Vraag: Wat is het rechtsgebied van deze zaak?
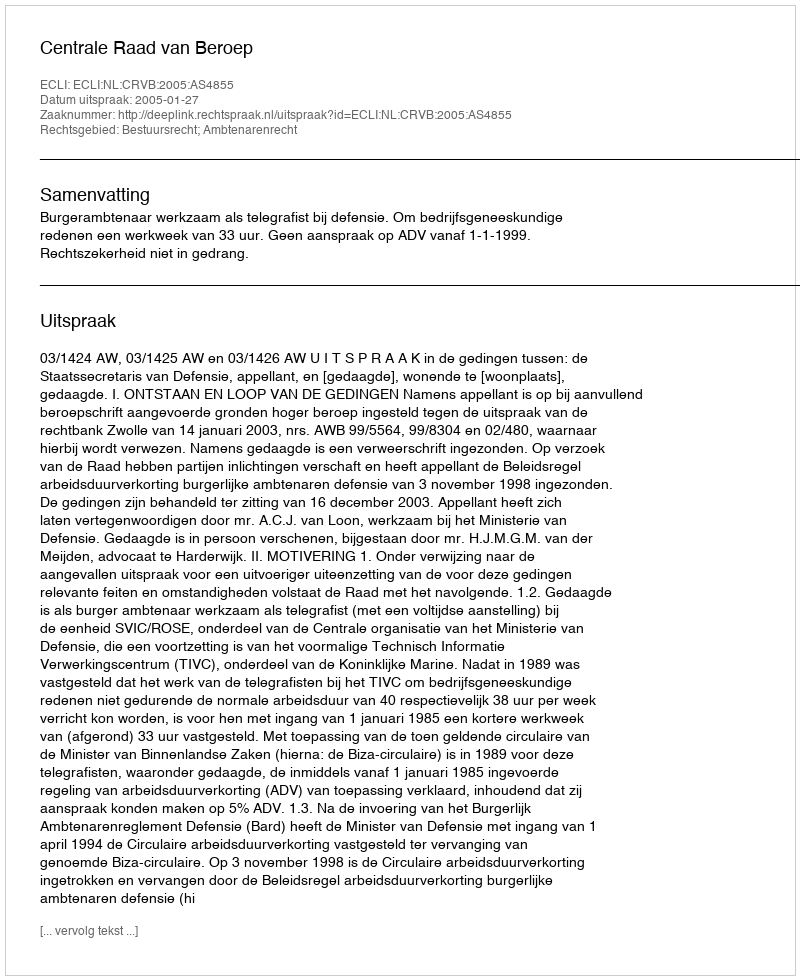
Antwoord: Bestuursrecht; Ambtenarenrecht